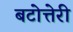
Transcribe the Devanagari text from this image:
बटोत्तेरी